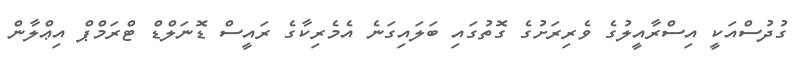
ގުދުސްއަކީ އިސްރާއީލުގެ ވެރިރަށުގެ ގޮތުގައި ބަލައިގަނެ އެމެރިކާގެ ރައީސް ޑޮނަލްޑް ޓްރަމްޕް އިޢްލާން